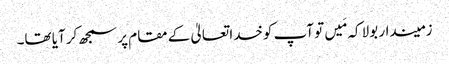
زمیندار بولا کہ مَیں تو آپ کوخدا تعالیٰ کے مقام پر سمجھ کر آیا تھا۔